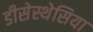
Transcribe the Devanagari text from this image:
डीसेस्थेसिया